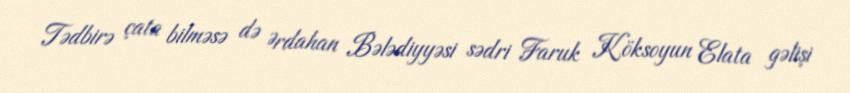
Tədbirə çata bilməsə də Ərdahan Bələdiyyəsi sədri Faruk Köksoyun Elata gəlişi